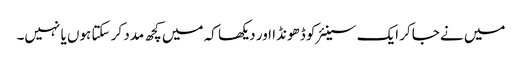
میں نے جاکر ایک سینئر کو ڈھونڈا اور دیکھا کہ میں کچھ مدد کر سکتا ہوں یا نہیں۔